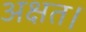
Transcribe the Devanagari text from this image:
अक्षत।